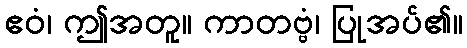
ဧဝံ၊ ဤအတူ။ ကာတဗ္ဗံ၊ ပြုအပ်၏။